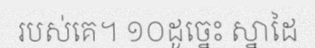
របស់គេ។ ១០ដូច្នេះ ស្នាដៃ